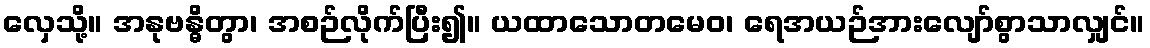
လှေသို့။ အနုဗန္ဓိတွာ၊ အစဉ်လိုက်ပြီး၍။ ယထာသောတမေဝ၊ ရေအယဉ်အားလျော်စွာသာလျှင်။